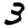
Digit: 3